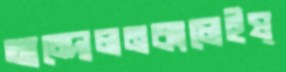
আন্দোলনকালেইষ্